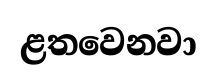
ළතවෙනවා